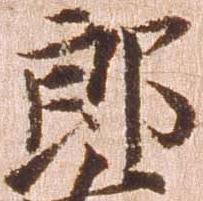
郎